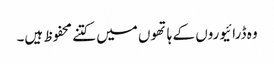
وہ ڈرائیوروں کے ہاتھوں میں کتنے محفوظ ہیں۔